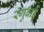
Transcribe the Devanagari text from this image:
रंगुबाई